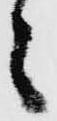
々